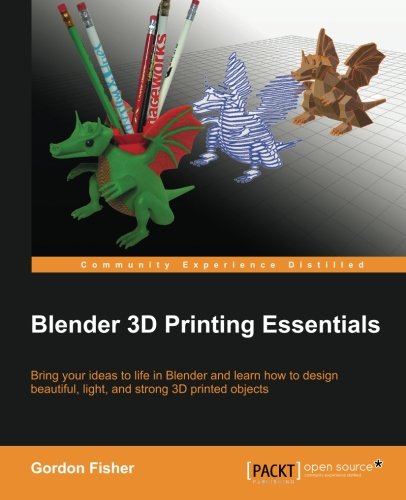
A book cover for Blender 3D Printing Essentials; Gordon Fisher; Computers & Technology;